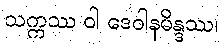
သက္ကဿ ဝါ ဒေဝါနမိန္ဒဿ၊